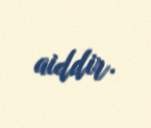
aiddir.